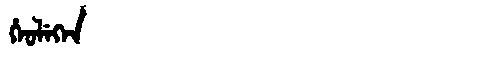
Manchu: ᡥᡝᠣᠯᡝᡴᡝᠨ
Romanization: HEOLEKEN